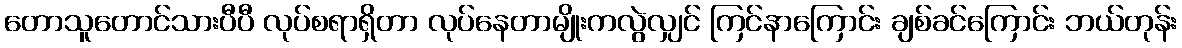
တောသူတောင်သားပီပီ လုပ်စရာရှိတာ လုပ်နေတာမျိုးကလွဲလျှင် ကြင်နာကြောင်း ချစ်ခင်ကြောင်း ဘယ်တုန်း